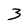
Character: 3